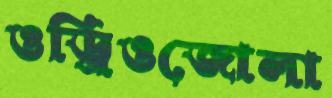
ওড্রিওজোলা